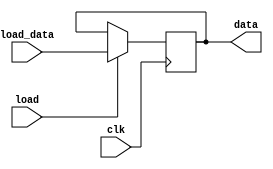
module register
#(parameter WIDTH=8)
(
    input                clk,
    input                load,
    input  [WIDTH-1: 0]  load_data,
    output [WIDTH-1: 0]  data
);

reg [WIDTH-1: 0]  d;

always @(posedge clk) begin
	  if(load == 1'b1) begin
			d <= load_data;
	  end
	  else begin
			d <= d;
	  end
 end

assign data = d;

endmodule